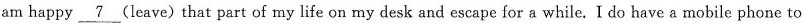
am happy \underline{7} (leave)that part of my life on my desk and escape for a while. I do have a mobile phone to